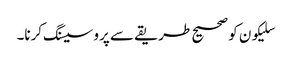
سلیکون کو صحیح طریقے سے پروسیسنگ کرنا۔